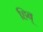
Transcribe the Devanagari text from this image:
हिब्